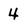
Character: 4